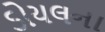
ડોયલના